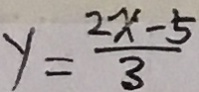
y = \frac { 2 x - 5 } { 3 }